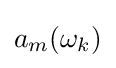
{\textstyle a_{m}(\omega _{k})}